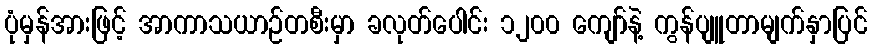
ပုံမှန်အားဖြင့် အာကာသယာဉ်တစီးမှာ ခလုတ်ပေါင်း ၁၂၀၀ ကျော်နဲ့ ကွန်ပျူတာမျက်နှာပြင်